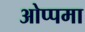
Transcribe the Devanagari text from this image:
ओप्पमा